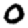
Digit: 0